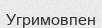
Угримовпен